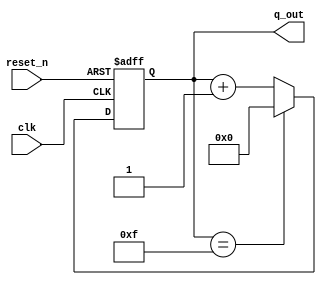
`timescale 1ns / 1ps
//////////////////////////////////////////////////////////////////////////////////
// Company: 
// Engineer: 
// 
// Design Name: 
// Module Name: section1_4bit_up_counter
// Project Name: 
// Target Devices: 
// Tool Versions: 
// Description: 
// 
// Dependencies: 
// 
// Revision:
// Revision 0.01 - File Created
// Additional Comments:
// 
//////////////////////////////////////////////////////////////////////////////////


module section1_4bit_up_counter #(parameter DATA_SIZE  = 4 )(
            input   wire                    clk,
            input   wire                    reset_n,
            output  reg [DATA_SIZE-1:0]     q_out
    );
    
    always@(posedge clk, negedge reset_n)
    begin
        if(!reset_n) begin
            q_out <= 4'b0;
        end
           
        else if(q_out == 4'b1111) begin
                q_out <= 4'b0000;
            end
        
        else begin
                q_out <= q_out + 1;
            end
    end   
endmodule